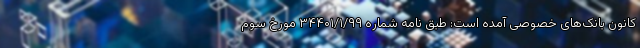
کانون بانک‌های خصوصی آمده است: طبق نامه شماره ۳۴۴۰۱/۱/۹۹ مورخ سوم